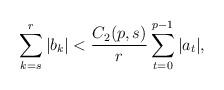
\begin{align*}\sum_{k=s}^{r}|b_k|<\frac{C_2(p,s)}{r}\sum_{t=0}^{p-1}|a_t|,\end{align*}